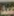
عبد